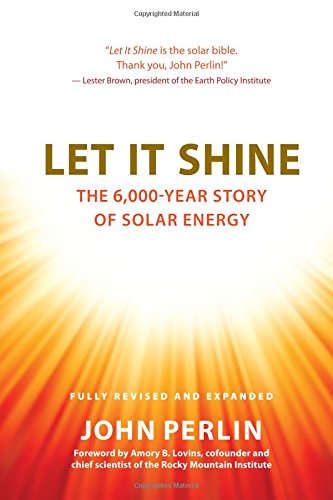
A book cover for Let It Shine: The 6,000-Year Story of Solar Energy; John Perlin; Arts & Photography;